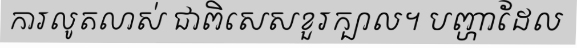
ការលូតលាស់ ជាពិសេសខួរក្បាល។ បញ្ហាដែល